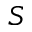
S